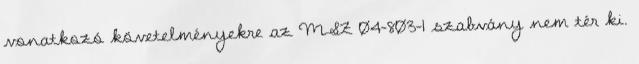
vonatkozó követelményekre az MSZ 04-803-1 szabvány nem tér ki.